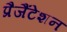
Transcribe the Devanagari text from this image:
प्रैजैंटेशन